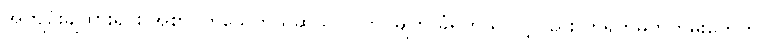
အကျဉ်းချထားရင်း အစာငတ်သေတယ်ဆိုသလို ကွပ်မျက် ခံရတယ် လို့လည်း တရုတ်မှတ်တမ်းတွေက